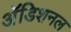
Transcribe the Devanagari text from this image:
अॅडिशनल